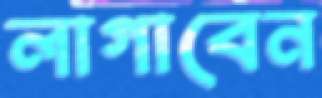
লাগাবেন